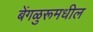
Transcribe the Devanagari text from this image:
बेंगळुरूमधील